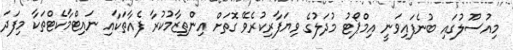
މިއުސޫލުގައި ބުނެފައިވަނީ އިމްޕޯޓު މުދަލުގެ ވިޔަފާރިކުރެވޭ ގޮތަށް އިންތިޒާމުކުރާ ފެއާތަކާއި ނައިޓްމާކެޓްތަކާ މިފަދަ